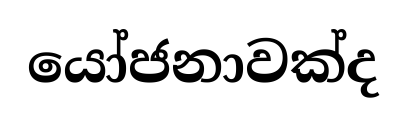
යෝජනාවක්ද